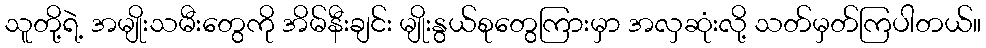
သူတို့ရဲ့ အမျိုးသမီးတွေကို အိမ်နီးချင်း မျိုးနွယ်စုတွေကြားမှာ အလှဆုံးလို့ သတ်မှတ်ကြပါတယ်။